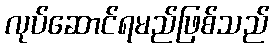
လုပ်ဆောင်ရမည်ဖြစ်သည်